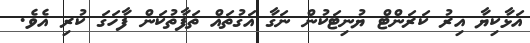
އަޅާކިޔާ އިރު ކަރަންޓް ޔުނިޓަކުން ނަގާ އަގުތައް ތަފާތުކަން ފާހަގަ ކުރި އެވެ.